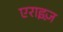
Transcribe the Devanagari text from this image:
एराइज़